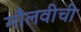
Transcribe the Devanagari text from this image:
मौलवीची